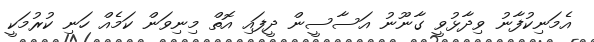
އެމަނިކުފާނު ވިދާޅުވީ ގާނޫނު އަސާސީން ދީފައި އޮތް މިނިވަން ކަމެއް ހަނި ކުރުމަކީ